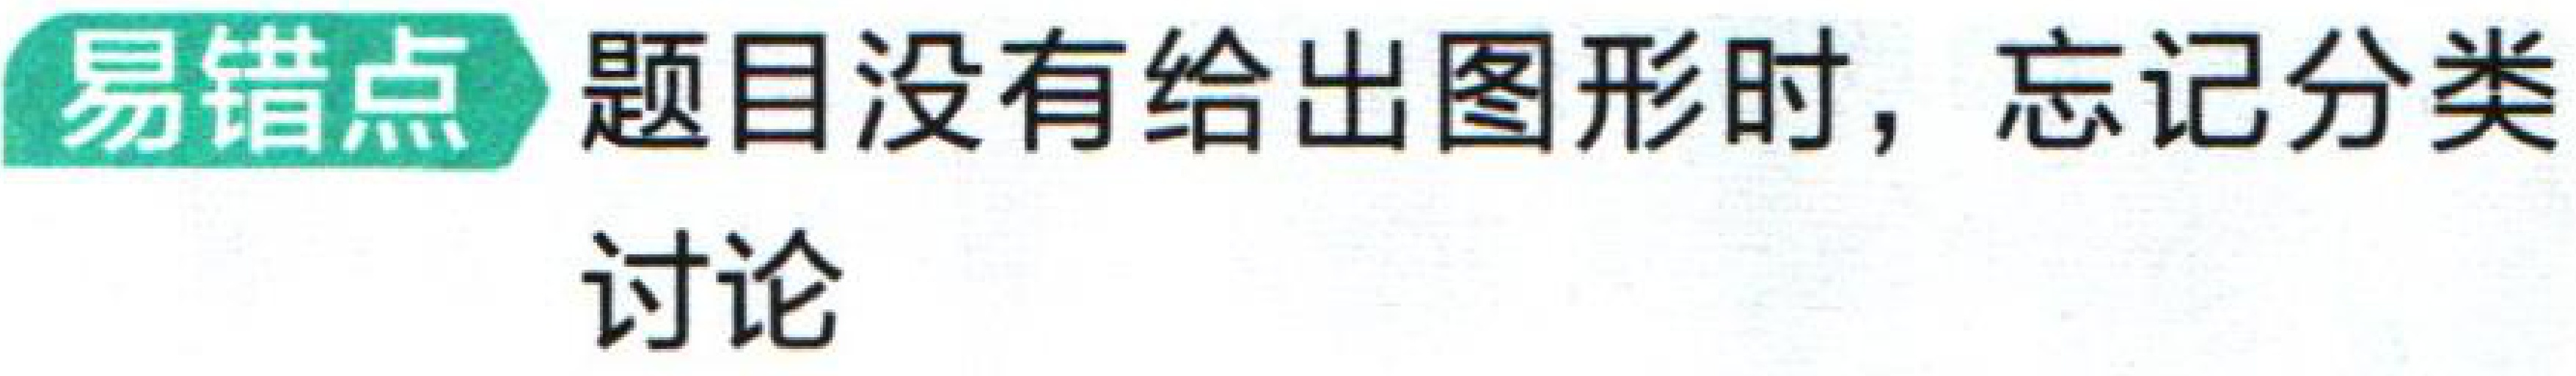
易错点 题目没有给出图形时，忘记分类

讨论